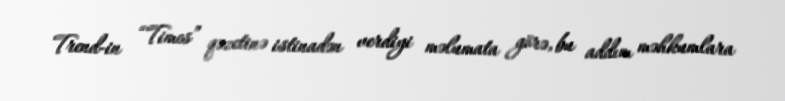
Trend-in “Times” qəzetinə istinadən verdiyi məlumata görə, bu addım məhkumlara